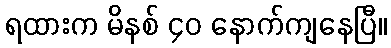
ရထားက မိနစ် ၄၀ နောက်ကျနေပြီ။